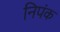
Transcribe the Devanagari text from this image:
निपंक